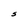
Character: S